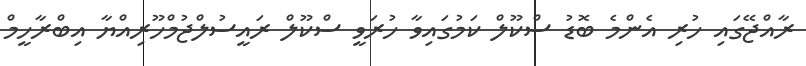
ރާއްޖޭގައި ހުރި އެންމެ ބޮޑު ސްކޫލް ކަމުގައިވާ ހުރަވީ ސްކޫލް ރައީސުލްޖުމްހޫރިއްޔާ އިބްރާހީމް